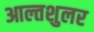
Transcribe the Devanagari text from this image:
आल्तशुलर